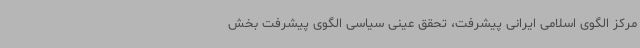
مرکز الگوی اسلامی ایرانی پیشرفت، تحقق عینی سیاسی الگوی پیشرفت بخش